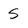
Character: S